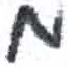
אות: מ